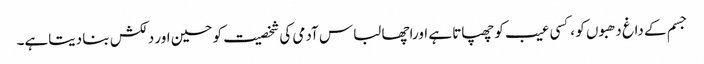
جسم کے داغ دھبوں کو ،کسی عیب کو چھپاتا ہے اوراچھا لباس آدمی کی شخصیت کو حسین اور دلکش بنا دیتاہے۔